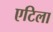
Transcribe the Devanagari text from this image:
एटिला